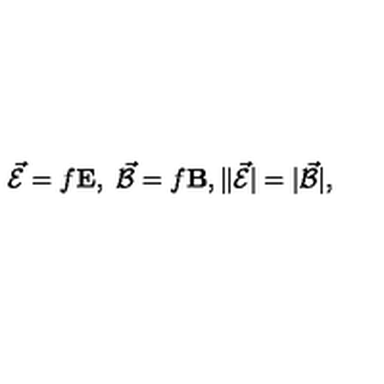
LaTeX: \vec { \cal E } = f { \bf E } , \ \vec { \cal B } = f { \bf B } , \| \vec { \cal E } | = | \vec { \cal B } | ,